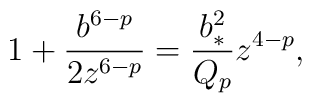
1+{{b^{6-p}}\over{2z^{6-p}}}={{b^2_*}\over{Q_p}}z^{4-p},